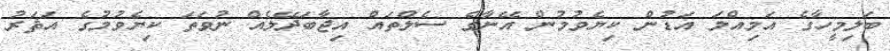
ބަލިމީހާގެ އަމިއްލަ އަޑުން ކިޔެވުމުން އޭނާގެ ސެލްތައް އިޖާބަދޭލެއް ނުވަތަ ކިޔެވުމުގެ އަޘަރު